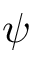
\psi